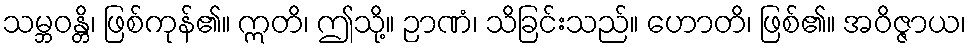
သမ္ဘဝန္တိ၊ ဖြစ်ကုန်၏။ ဣတိ၊ ဤသို့။ ဉာဏံ၊ သိခြင်းသည်။ ဟောတိ၊ ဖြစ်၏။ အဝိဇ္ဇာယ၊